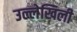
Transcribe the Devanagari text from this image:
उल्लेखिली